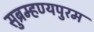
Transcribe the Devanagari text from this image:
सुब्रम्हण्यपुरम